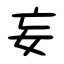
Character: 妄